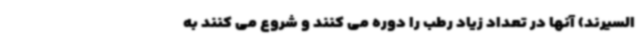
السیرند) آنها در تعداد زیاد رطب را دوره می کنند و شروع می کنند به